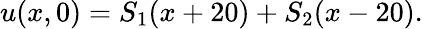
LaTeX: u(x,0)=S_{1}(x+20)+S_{2}(x-20).